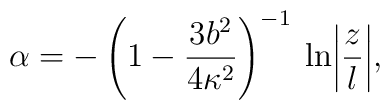
\alpha = - \left(1-\frac{3b^2}{4\kappa^2}\right)^{-1}\:        \ln \biggl|\frac{z}{l}\biggr|,